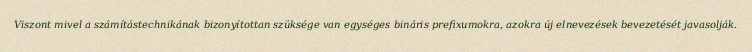
Viszont mivel a számítástechnikának bizonyítottan szüksége van egységes bináris prefixumokra, azokra új elnevezések bevezetését javasolják.